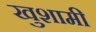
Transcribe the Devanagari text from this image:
खुशामी